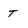
Character: T